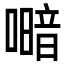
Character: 𭋎